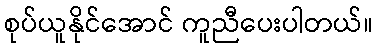
စုပ်ယူနိုင်အောင် ကူညီပေးပါတယ်။